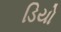
ડિયો